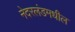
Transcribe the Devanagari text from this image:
नेदरलंडमधील